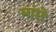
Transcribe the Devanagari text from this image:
मांछे